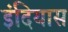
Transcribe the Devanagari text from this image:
इंदियास